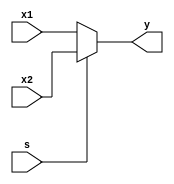
module mux_2x1_beh(
input x1 ,x2 ,s,
output reg y
);

always @(x1,x2,s)
begin 
    if (s)
    begin
        y = x2;
    end  
    else
    begin
        y = x1;
    end
end

endmodule